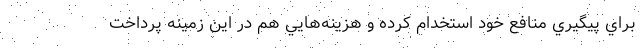
براي پيگيري منافع خود استخدام كرده و هزينه‌هايي هم در اين زمينه پرداخت